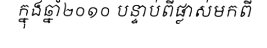
ក្នុងឆ្នាំ២០១០ បន្ទាប់ពីផ្លាស់មកពី